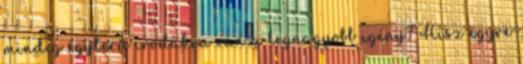
mindig egyterű irodákra van a legnagyobb igény? Hisz egyre